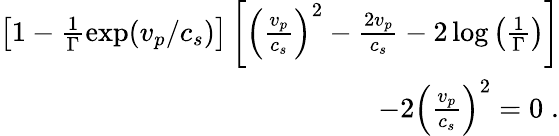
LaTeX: \begin{array}{r}{\left[1-\frac{1}{\Gamma}\exp(v_{p}/c_{s})\right]\left[\left(\frac{v_{p}}{c_{s}}\right)^{2}-\frac{2v_{p}}{c_{s}}-2\log\left(\frac{1}{\Gamma}\right)\right]}\\ {-2\left(\frac{v_{p}}{c_{s}}\right)^{2}=0\; .}\end{array}